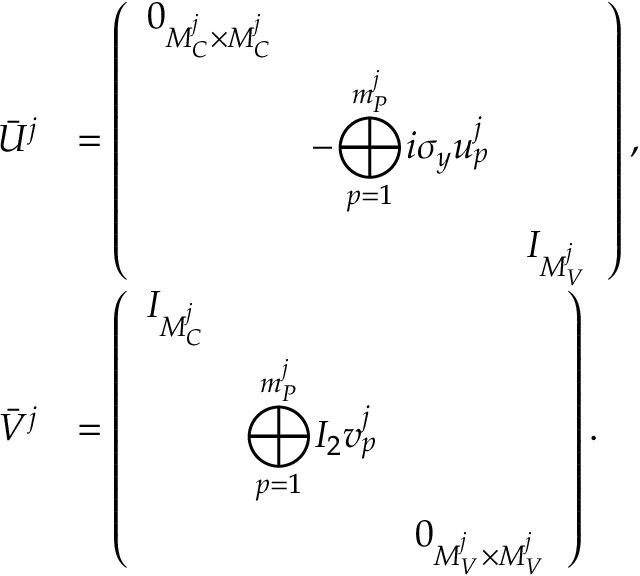
\begin{array} { r l } { \bar { U } ^ { j } } & { = \left( \begin{array} { l l l } { 0 _ { M _ { C } ^ { j } \times M _ { C } ^ { j } } } & & \\ & { - \displaystyle { \bigoplus _ { p = 1 } ^ { m _ { P } ^ { j } } } i \sigma _ { y } u _ { p } ^ { j } } & \\ & & { I _ { M _ { V } ^ { j } } } \end{array} \right) , } \\ { \bar { V } ^ { j } } & { = \left( \begin{array} { l l l } { I _ { M _ { C } ^ { j } } } & & \\ & { \displaystyle { \bigoplus _ { p = 1 } ^ { m _ { P } ^ { j } } } I _ { 2 } v _ { p } ^ { j } } & \\ & & { 0 _ { M _ { V } ^ { j } \times M _ { V } ^ { j } } } \end{array} \right) . } \end{array}